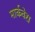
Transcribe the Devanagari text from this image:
मार्कवेस